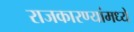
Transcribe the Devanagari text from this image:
राजकारण्यांमध्ये